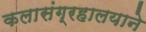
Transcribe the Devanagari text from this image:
कलासंग्रहालयाने